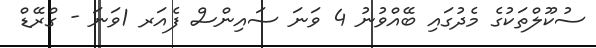
ސުކޫލްތަކުގެ މެދުގައި ބޭއްވުނު 4 ވަނަ ސައިންސް ފެއަރ 1ވަނަ - ގްރޭޑް